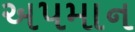
અપમાન